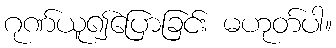
ဂုဏ်ယူ၍ပြောခြင်း မဟုတ်ပါ။